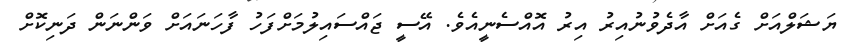
ޔަޝަލްއަށް ގެއަށް އާދެވުނުއިރު އިރު އޮއްސެނީއެވެ. އޭސީ ޖައްސައިލުމަށްފަހު ފާހަނައަށް ވަންނަން ދަނިކޮށް